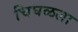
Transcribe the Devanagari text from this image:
चिघळला